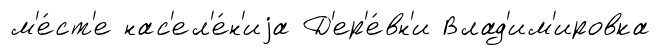
м'е́ст'е нас'ел'е́н'иjа Д'ер'е́вн'и Влад'им'ировка